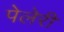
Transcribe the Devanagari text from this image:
पेलेरी